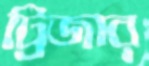
ট্রিজার